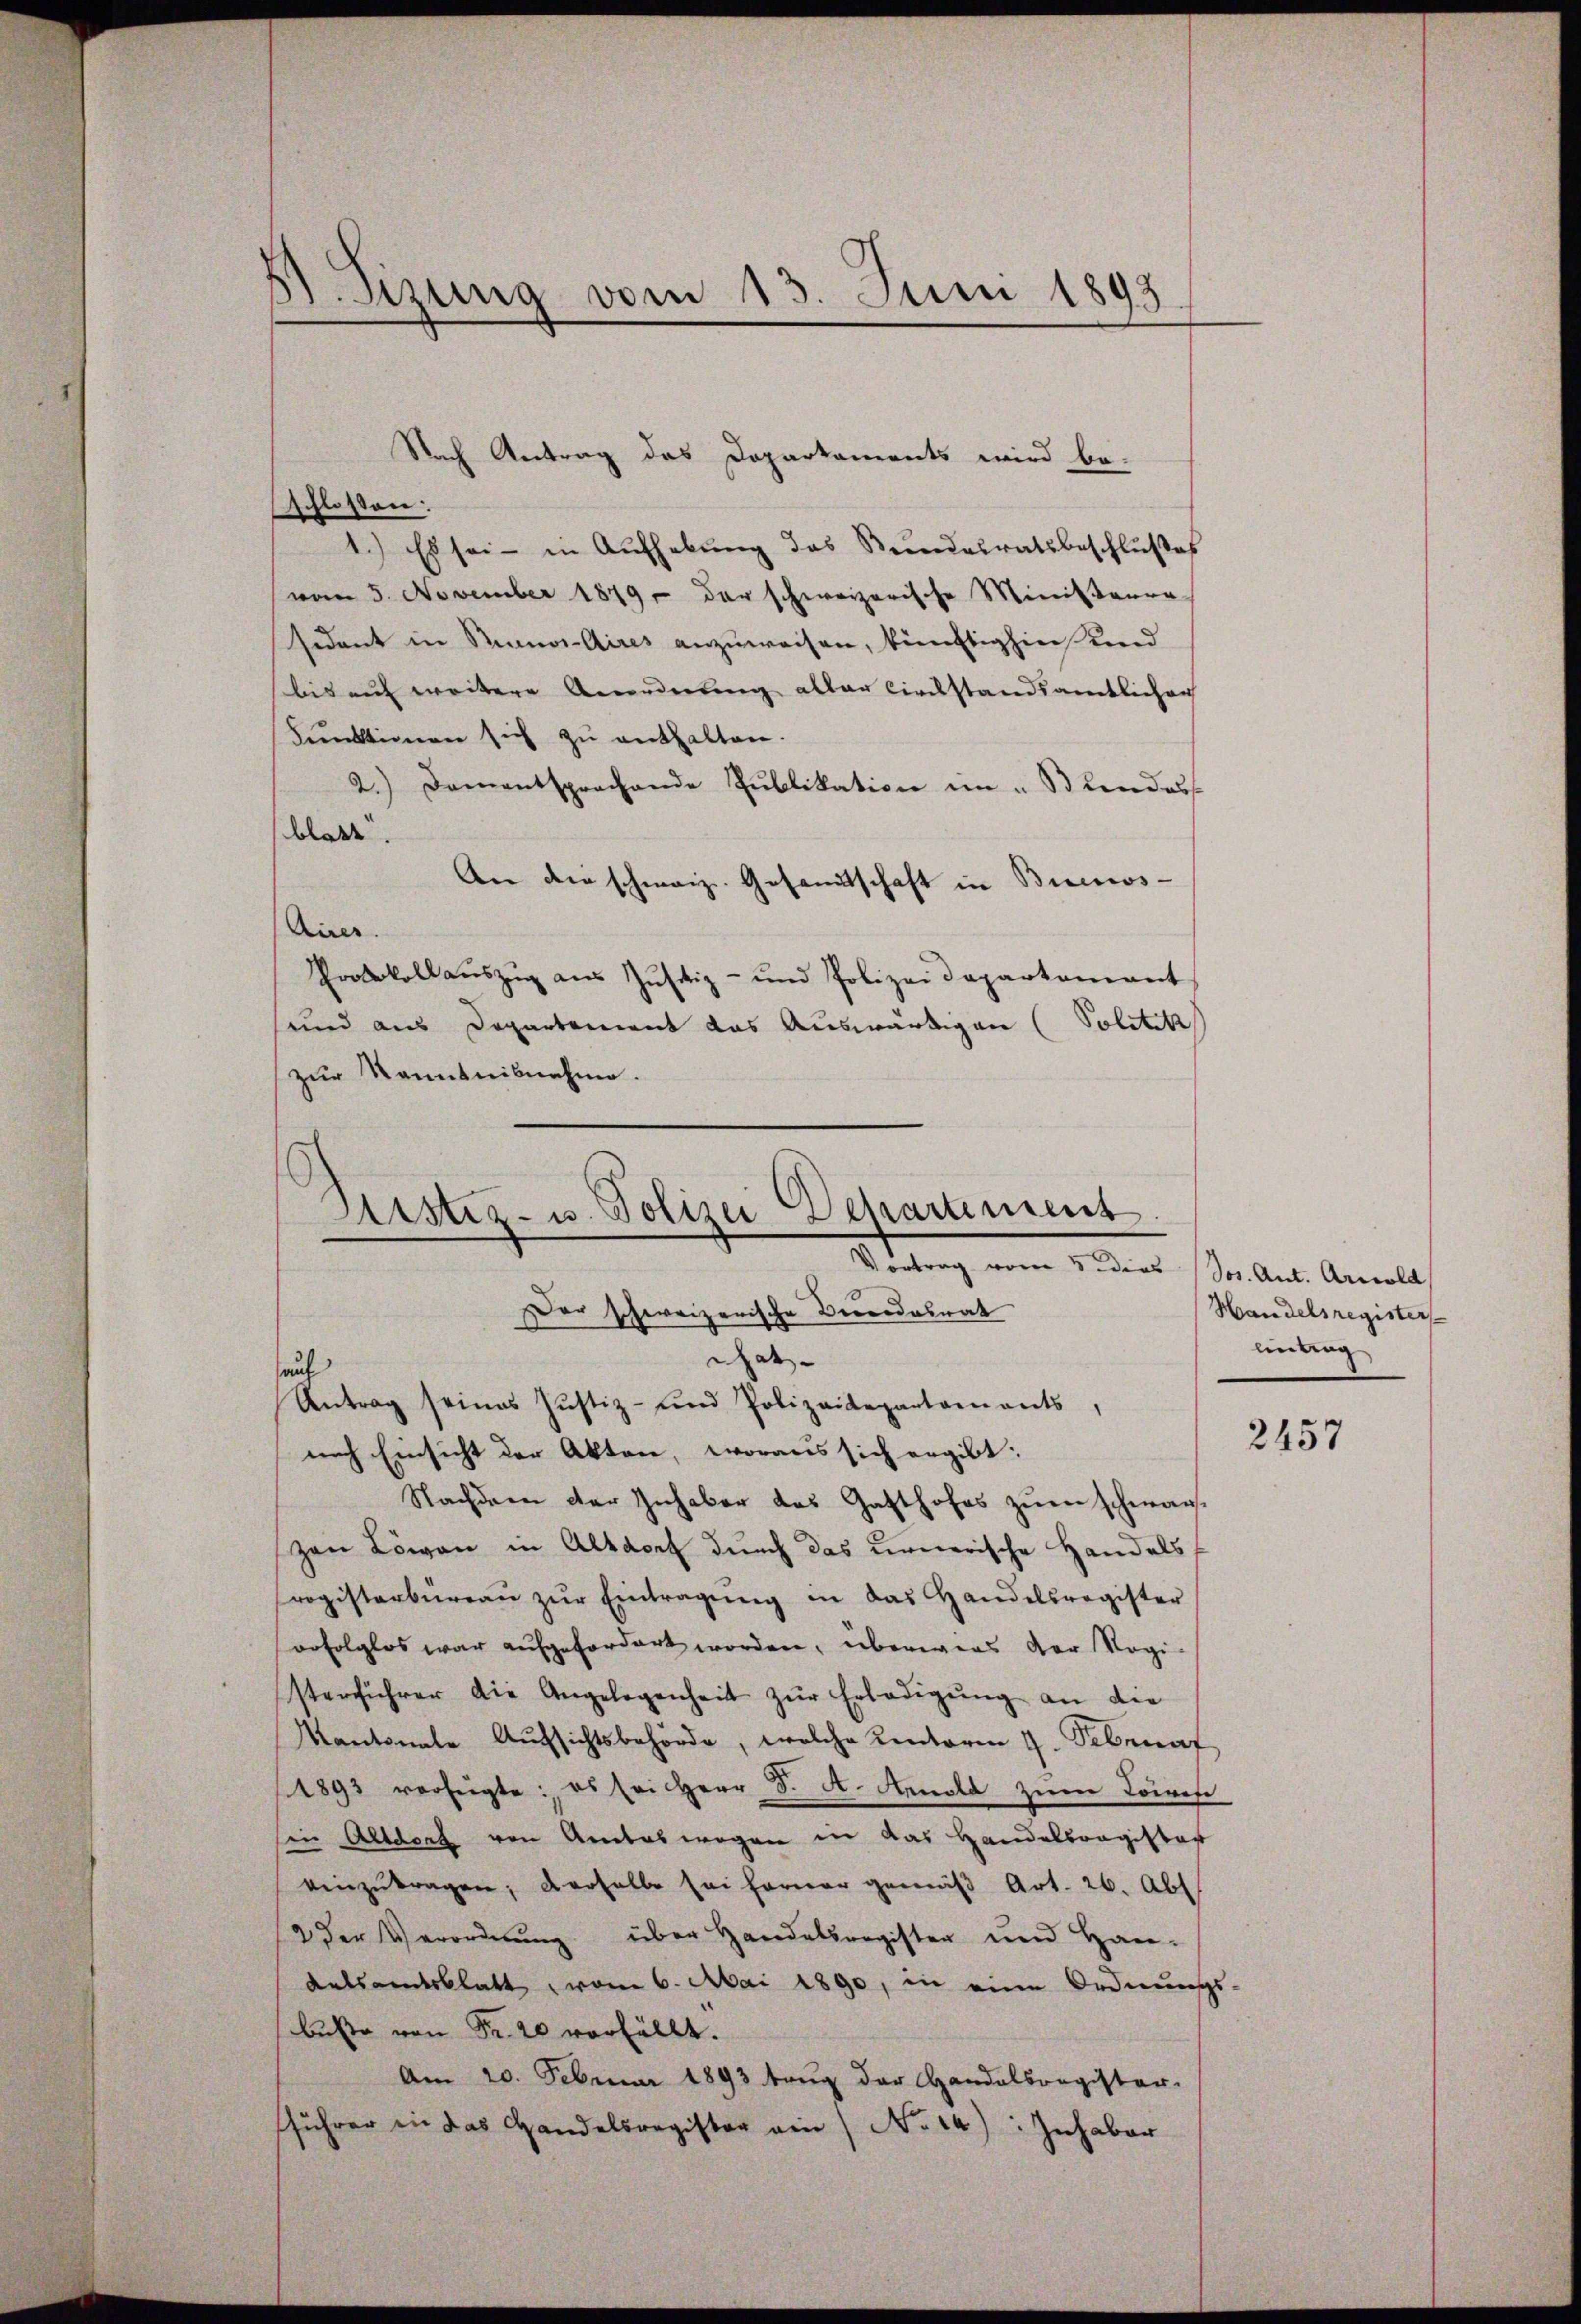
57. Sizung vom 13. Juni 1893

Flosten:
1.) Es sei - in Aufhebung das Bundesratsbeschlußes
vom 5. November 1879 der schweizerische Ministaura
sident in Piano-Aires anzuweisen, künftighin und
bis auf weitere Anordnung aller Circkstandsamtlichen
Funktinen sich zu enthalten.
2.) Damentsprachende Pŭblikation im "Bendass
blatt.
An der schweiz. Gesandtschaft in Buenos-
Airer
Protokoll aŭszŭg aŭs Jŭstiz- und Polizeidepartamant
sund aus Departement das Auswärtigen (Politik
zur Kenntnisnahme.

e

Justiz- u. Polizei Departement.
e
Vortrag vom 3 dies Jos. Ant. Arnold
Der schweizerische Verordesrat

auf

Nach Antrag das Dopartaments wird be-

Gat
Antrag seines Justiz- und Polizeidepartamants,
nach Einsicht der Akten, woraus sich ergibt:
Nachdem der Inhaber das Gasthofes zŭm Schwan-
zen Löwen in Altdorf durch das unerische Handels
rogisterbüreaŭ zŭr Eintragung in das Handelsregister
orfolglos war aufgefordert worden, überwies der Rogi-
sterführer die Angelegenheit zŭr Erledigung an die
Kantonale Aufsichtsbehörde, welche Kentoren 7. Sebenaf
1893 verfügte: es sei Herr J. A. Arnold zum Löwese
in Altdorf von Amteswegen in das Handelsregister
einzŭtragen; derselbe sei ferner gemäβ Art. 26. Abs.
2 der Verordnung über Handelsregister und Han¬
Ratsandesblatt vom 6. Mai 1890, in eine Ordnungs-
buße von Fr. 20 vorfällt.
Am 20. Februar 1893 trug der Handelsregister.
führer in das Handelsregister ain / No 14): Inhaber

Handelsregisters
Eintrag

2457